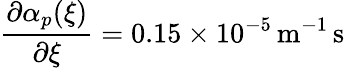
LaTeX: \frac{\partial\alpha_{p}(\xi)}{\partial\xi}=0.15\times 10^{-5}\mathrm{\, m^{-1}\, s}